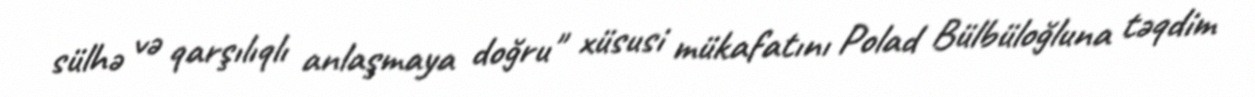
sülhə və qarşılıqlı anlaşmaya doğru" xüsusi mükafatını Polad Bülbüloğluna təqdim